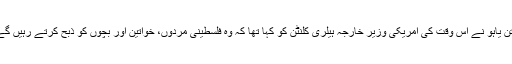
نیتن یاہو نے اس وقت کی امریکی وزیر خارجہ ہیلری کلنٹن کو کہا تھا کہ وہ فلسطینی مردوں، خواتین اور بچوں کو ذبح کرتے رہیں گے۔